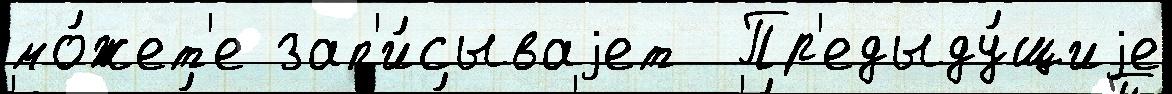
мо́жет'е зап'и́сываjет  Пр'едыду́щиjе